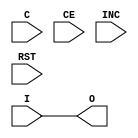
module IDELAY #(
	parameter IOBDELAY_TYPE = "DEFAULT",
	parameter integer IOBDELAY_VALUE = 0
) (
	input C,
	input CE,
	input I,
	input INC,
	input RST,
	output reg O
);

always @(I)
	# (IOBDELAY_VALUE*0.078) O = I;

endmodule